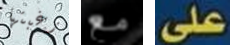
رغبتها مع على